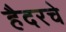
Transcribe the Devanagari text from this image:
हैदरचे